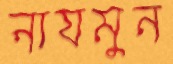
নাযমুন